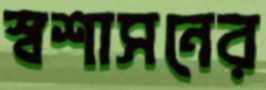
স্বশাসনের